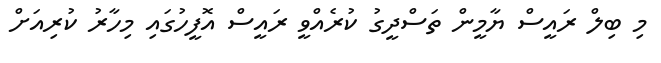
މި ބިލް ރައީސް ޔާމީން ތަސްދީގު ކުރެއްވީ ރައީސް އޮފީހުގައި މިހާރު ކުރިއަށް